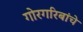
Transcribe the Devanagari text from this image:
गोरगरिबांचे